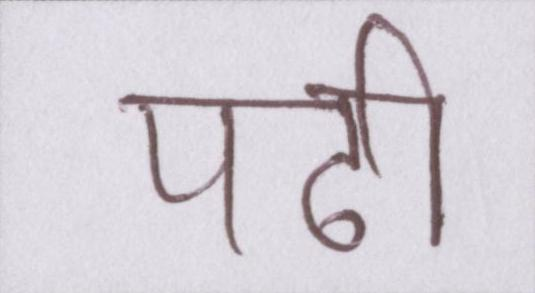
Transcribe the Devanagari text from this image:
पढी